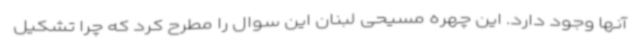
آنها وجود دارد. این چهره مسیحی لبنان این سوال را مطرح کرد که چرا تشکیل